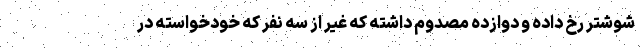
شوشتر رخ داده و دوازده مصدوم داشته که غیر از سه نفر که خودخواسته در